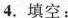
4. 填空：